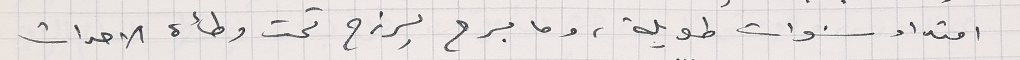
امتداد سنوات طويلة، وما برح يرزح تحت وطأة الاحداث